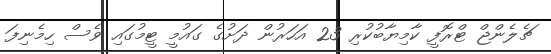
ޗެލެންޖް ޓްރޮފީ ކާމިޔާބުކުރި 23 އަހަރުން ދަށުގެ ގައުމީ ޓީމުގައި ވެސް ހިމެނިފަ